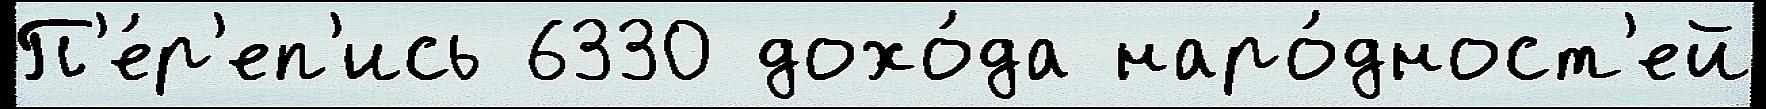
П'е́р'еп'ись 6330 дохо́да наро́дност'ей